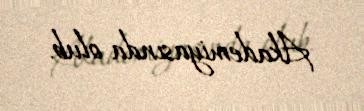
Akademiyasında olub.